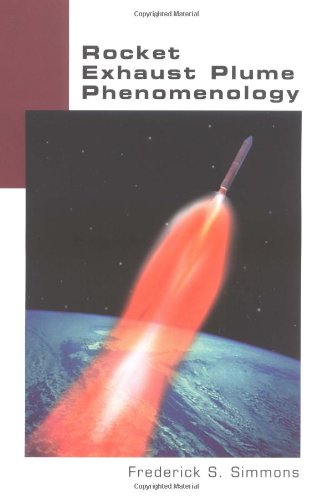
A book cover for Rocket Exhaust Plume Phenomenology; F. Simmons; Science & Math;